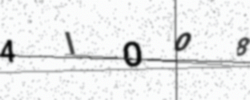
Text: 4IOO8